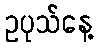
ဥပုသ်နေ့